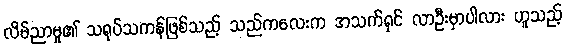
လိမ်ညာမှု၏ သရုပ်သကန်ဖြစ်သည့် သည်ကလေးက အသက်ရှင် လာဦးမှာပါလား ဟူသည့်